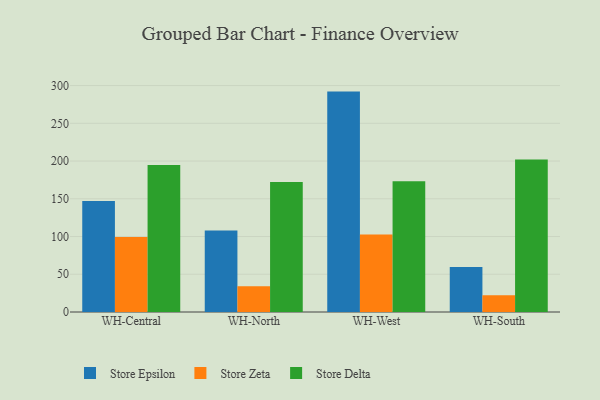
{"axis": {"x": "Warehouse", "y": "Latency (ms)"}, "legend": ["Store Delta", "Store Epsilon", "Store Zeta"], "data": [{"x": "WH-Central", "y": 146.9, "type": "Store Epsilon"}, {"x": "WH-Central", "y": 99.5, "type": "Store Zeta"}, {"x": "WH-Central", "y": 194.8, "type": "Store Delta"}, {"x": "WH-North", "y": 107.9, "type": "Store Epsilon"}, {"x": "WH-North", "y": 34.2, "type": "Store Zeta"}, {"x": "WH-North", "y": 172.3, "type": "Store Delta"}, {"x": "WH-West", "y": 292.0, "type": "Store Epsilon"}, {"x": "WH-West", "y": 102.8, "type": "Store Zeta"}, {"x": "WH-West", "y": 173.3, "type": "Store Delta"}, {"x": "WH-South", "y": 59.5, "type": "Store Epsilon"}, {"x": "WH-South", "y": 22.1, "type": "Store Zeta"}, {"x": "WH-South", "y": 202.2, "type": "Store Delta"}]}